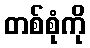
တစ်စုံကို